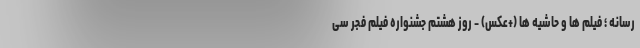
رسانه ؛ فیلم‌ ها و حاشیه‌ ها (+عکس) - روز هشتم جشنواره فیلم فجر سی